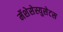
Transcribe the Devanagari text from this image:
मॅशेसेस्युसेटस